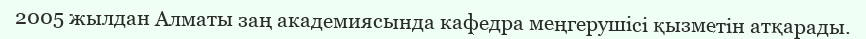
2005 жылдан Алматы заң академиясында кафедра меңгерушісі қызметін атқарады.